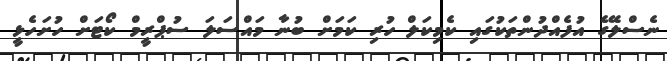
ނެސްލޭގެ އުފެއްދުންތަކުގައި ކެމިކަލް ހުރި ކަމަށް ބުނާ މައްސަލަ ސުޕްރީމް ކޯޓަށް ހުށަހެޅީ